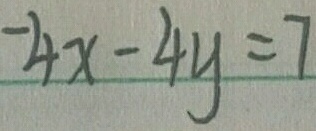
- 4 x - 4 y = 7